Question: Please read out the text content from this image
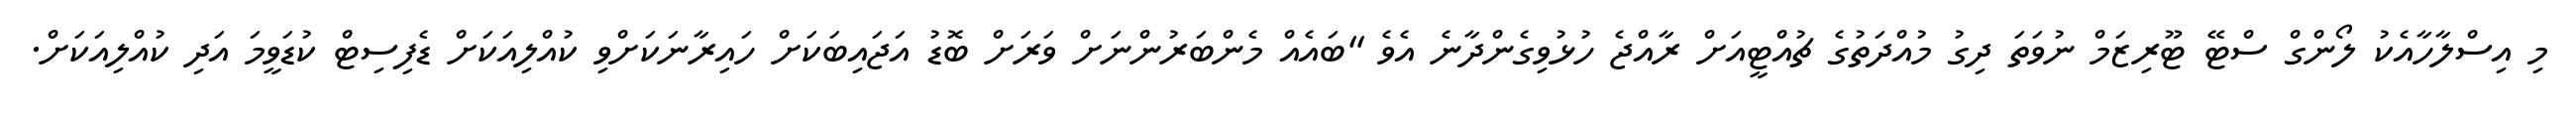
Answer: މި އިސްލާހާއެކު ލޯންގް ސްޓޭ ޓޫރިޒަމް ނުވަތަ ދިގު މުއްދަތުގެ ޗުއްޓީއަށް ރާއްޖެ ހުޅުވިގެންދާނެ އެވެ "ބައެއް މެންބަރުންނަށް ވަރަށް ބޮޑު އަޖައިބަކަށް ހައިރާނަކަށްވި ކުއްލިއަކަށް ޑެފިސިޓް ކުޑަވީމަ އަދި ކުއްލިއަކަށް.